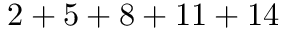
2 + 5 + 8 + 1 1 + 1 4